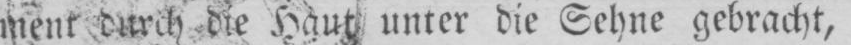
ment durch die Haut unter die Sehne gebracht,